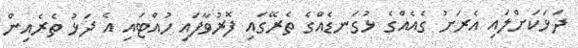
ދަޅަކަށްލައި އެރަށު ގެއެއްގެ ޅުގަނޑެއްގެ ތެރޭގައި ފޮރުވާފައި ހުއްޓައި އެ ދަޅު ތެރެއިން